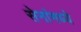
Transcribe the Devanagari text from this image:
सेनांमध्ये